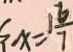
x = 1 \frac { 6 } { 7 }